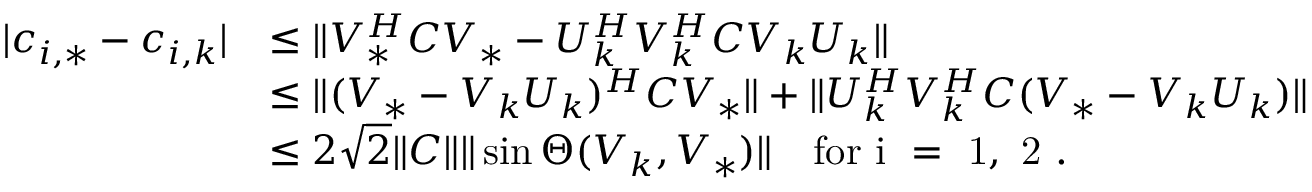
\begin{array} { r l } { | c _ { i , * } - c _ { i , k } | } & { \leq \| V _ { * } ^ { H } C V _ { * } - U _ { k } ^ { H } V _ { k } ^ { H } C V _ { k } U _ { k } \| } \\ & { \leq \| ( V _ { * } - V _ { k } U _ { k } ) ^ { H } C V _ { * } \| + \| U _ { k } ^ { H } V _ { k } ^ { H } C ( V _ { * } - V _ { k } U _ { k } ) \| } \\ & { \leq 2 \sqrt { 2 } \| C \| \| \sin \Theta ( V _ { k } , V _ { * } ) \| \quad \mathrm { f o r ~ i ~ = ~ 1 , ~ 2 ~ } . } \end{array}